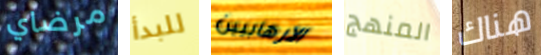
مرضاي للبدأ الارهابيين المنهج هناك